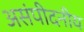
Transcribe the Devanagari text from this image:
असंपीदनीय